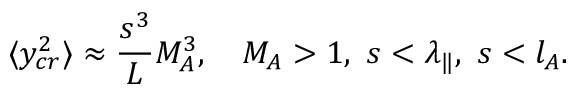
\langle y _ { c r } ^ { 2 } \rangle \approx \frac { s ^ { 3 } } { L } M _ { A } ^ { 3 } , ~ ~ ~ M _ { A } > 1 , ~ s < \lambda _ { \| } , ~ s < l _ { A } .